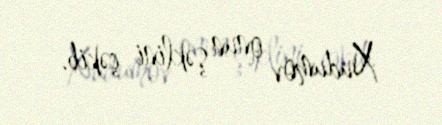
Xudumov onun şəklini çəkib.